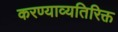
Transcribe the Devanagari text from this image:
करण्याव्यतिरिक्त